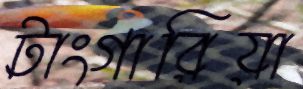
টাংগারিয়া